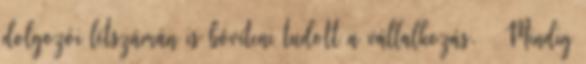
dolgozói létszámán is bôvíteni tudott a vállalkozás. — Mindig